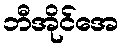
ဘီအိုင်အေ